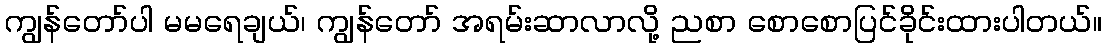
ကျွန်တော်ပါ မမရေချယ်၊ ကျွန်တော် အရမ်းဆာလာလို့ ညစာ စောစောပြင်ခိုင်းထားပါတယ်။